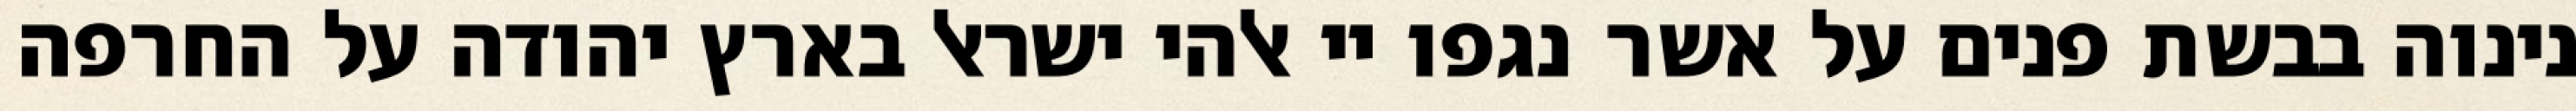
נינוה בבשת פנים על אשר נגפו יי אלהי ישראל בארץ יהודה על החרפה